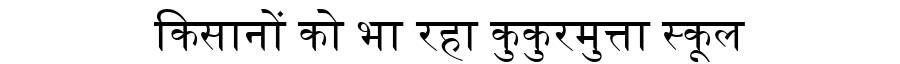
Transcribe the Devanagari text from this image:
किसानों को भा रहा कुकुरमुत्ता स्कूल